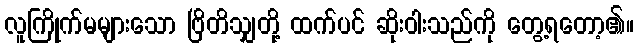
လူကြိုက်မများသော ဗြိတိသျှတို့ ထက်ပင် ဆိုးဝါးသည်ကို တွေ့ရတော့၏။